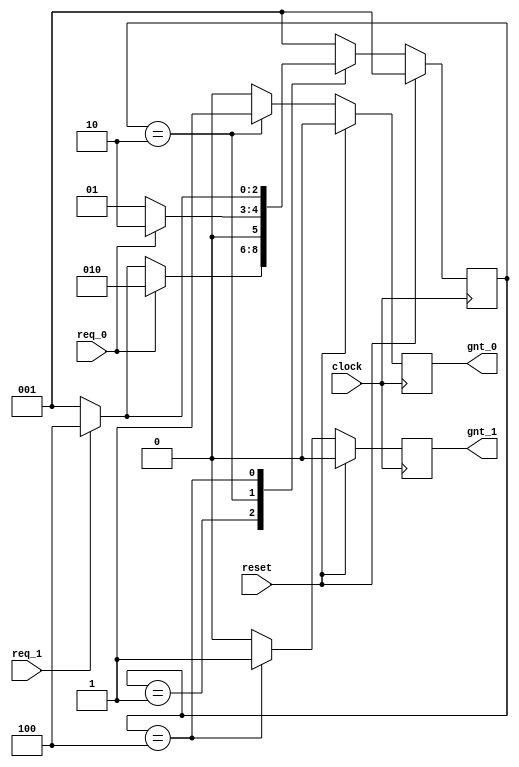
module fsm_using_always (
clock      , // clock
reset      , // Active high, syn reset
req_0      , // Request 0
req_1      , // Request 1
gnt_0      , // Grant 0
gnt_1      
);
//-------------Input Ports-----------------------------
input   clock,reset,req_0,req_1;
 //-------------Output Ports----------------------------
output  gnt_0,gnt_1;
//-------------Input ports Data Type-------------------
wire    clock,reset,req_0,req_1;
//-------------Output Ports Data Type------------------
reg     gnt_0,gnt_1;
//-------------Internal Constants--------------------------
parameter SIZE = 3           ;
parameter IDLE  = 3'b001,GNT0 = 3'b010,GNT1 = 3'b100 ;
//-------------Internal Variables---------------------------
reg   [SIZE-1:0]          state        ;// Seq part of the FSM
reg   [SIZE-1:0]          next_state   ;// combo part of FSM
//----------Code startes Here------------------------
always @ (state or req_0 or req_1)
begin : FSM_COMBO
 next_state = 3'b000;
 case(state)
   IDLE : if (req_0 == 1'b1) begin
                next_state = GNT0;
              end else if (req_1 == 1'b1) begin
                next_state= GNT1;
              end else begin
                next_state = IDLE;
              end
   GNT0 : if (req_0 == 1'b1) begin
                next_state = GNT0;
              end else begin
                next_state = IDLE;
              end
   GNT1 : if (req_1 == 1'b1) begin
                next_state = GNT1;
              end else begin
                next_state = IDLE;
              end
   default : next_state = IDLE;
  endcase
end
//----------Seq Logic-----------------------------
always @ (posedge clock)
begin : FSM_SEQ
  if (reset == 1'b1) begin
    state <= #1 IDLE;
  end else begin
    state <= #1 next_state;
  end
end
//----------Output Logic-----------------------------
always @ (posedge clock)
begin : OUTPUT_LOGIC
if (reset == 1'b1) begin
  gnt_0 <= #1 1'b0;
  gnt_1 <= #1 1'b0;
end
else begin
  case(state)
    IDLE : begin
                  gnt_0 <= #1 1'b0;
                  gnt_1 <= #1 1'b0;
               end
   GNT0 : begin
                   gnt_0 <= #1 1'b1;
                   gnt_1 <= #1 1'b0;
                end
   GNT1 : begin
                   gnt_0 <= #1 1'b0;
                   gnt_1 <= #1 1'b1;
                end
   default : begin
                    gnt_0 <= #1 1'b0;
                    gnt_1 <= #1 1'b0;
                  end
  endcase
end
end // End Of Block OUTPUT_LOGIC

endmodule